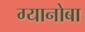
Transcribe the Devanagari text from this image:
ग्यानोबा